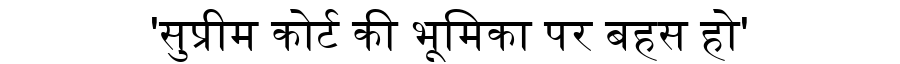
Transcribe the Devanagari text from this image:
'सुप्रीम कोर्ट की भूमिका पर बहस हो'